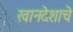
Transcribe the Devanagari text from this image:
खानदेशाचे